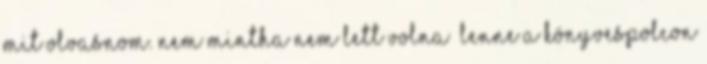
mit olvasnom. Nem mintha nem lett volna lenne a könyvespolcon